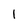
Character: 1